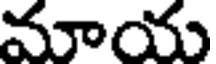
మాయ